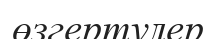
өзгертулер